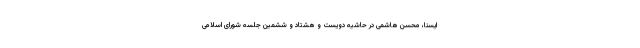
ایسنا، محسن هاشمی در حاشیه دویست و هشتاد و ششمین جلسه شورای اسلامی